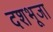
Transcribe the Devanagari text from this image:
दशभूजा